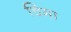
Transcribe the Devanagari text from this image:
चिमा